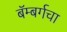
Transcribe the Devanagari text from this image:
बॅम्बर्गचा